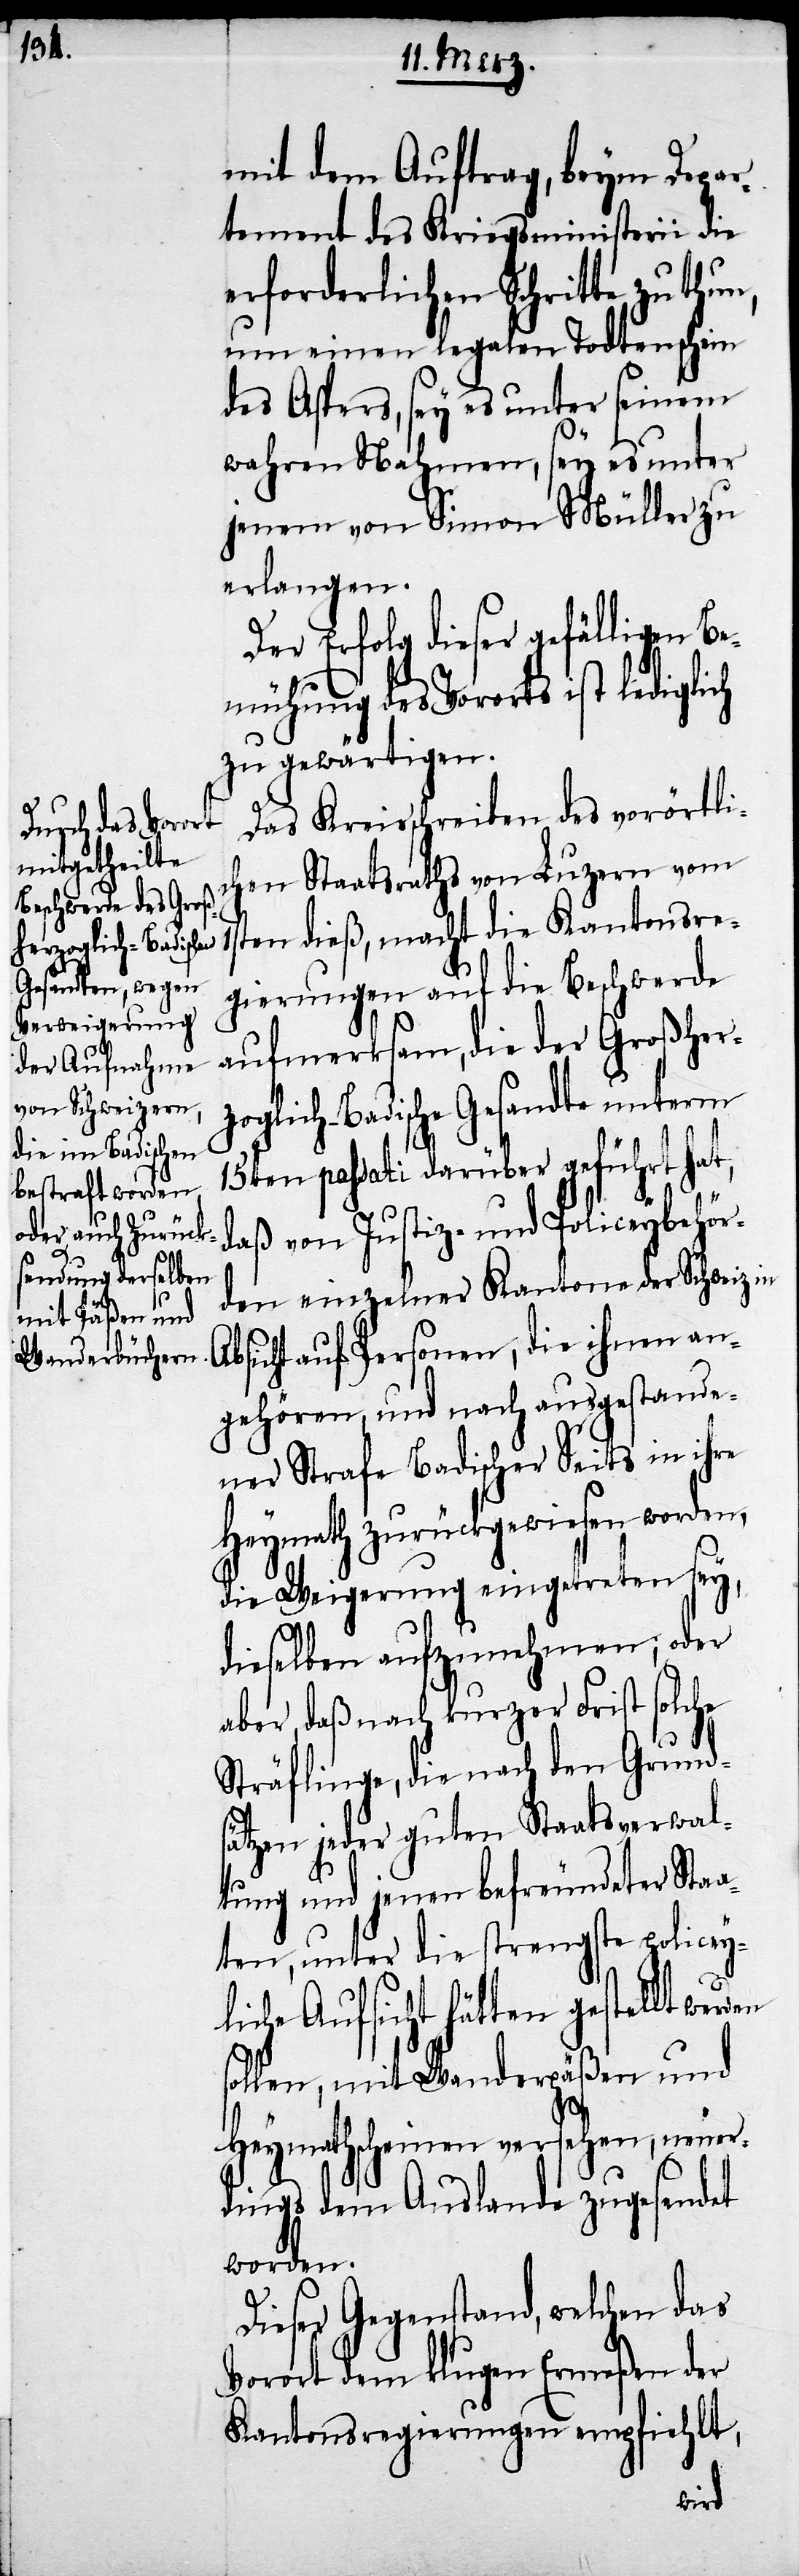
mit dem Auftrag, beym Depar¬
tement des Kriegsministerii die
erforderlichen Schritte zu thun,
um einen legalen Todtenschein
des Asters, sey es unter seinem
wahren Nahmen, sey es unter
jenem von Simon Müller zu
erlangen.
Der Erfolg dieser gefälligen Be¬
mühung des Vororts ist lediglich
zu gewärtigen.
Das Kreisschreiben des vorörtli¬
chen Staatsraths von Luzern vom
1sten dieß, macht die Kantonsre¬
gierungen auf die Beschwerde
aufmerksam, die der Großher¬
zoglich-Badische Gesandte unterm
15ten passati darüber geführt hat,
A¬
daß von Justiz- und Policeybehör¬
den einzelner Kantone der Schweiz in
bsicht auf Personen, die ihnen an¬
gehören, und nach ausgestande¬
ner Strafe Badischer Seits in ihre
Heymath zurückgewiesen worden,
die Weigerung eingetreten sey,
dieselben aufzunehmen; oder
aber, daß nach kurzer Frist solche
Sträflinge, die nach den Grund¬
sätzen jeder guten Staatsverwal¬
tung und jenen befreundeter Staa¬
ten, unter die strengste policey¬
liche Aufsicht hätten gestellt
sollen, mit Wanderpäßen und
Heymathscheinen versehen, neuer¬
dings dem Auslande zugesendet
worden.
Dieser Gegenstand, welchen das
Vorort dem klugen Ermeßen der
Kantonsregierungen empfiehlt,